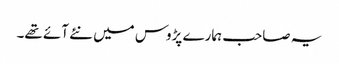
یہ صاحب ہمارے پڑوس میں نئے آئے تھے۔